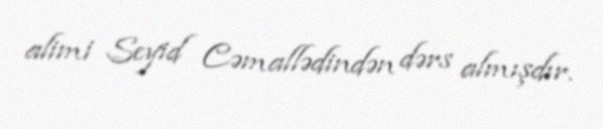
alimi Seyid Cəmallədindən dərs almışdır.